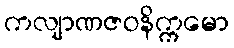
ကလျာဏဇဝနိက္ကမော